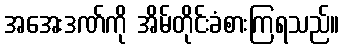
အအေးဒဏ်ကို အိမ်တိုင်းခံစားကြရသည်။